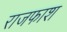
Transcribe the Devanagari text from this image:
राजफाश